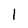
Character: 1